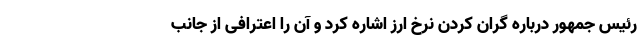
رئیس جمهور درباره گران کردن نرخ ارز اشاره کرد و آن را اعترافی از جانب